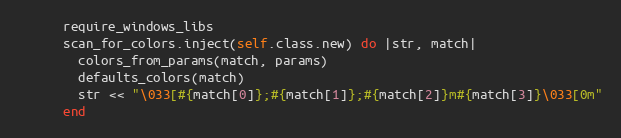
Language: Ruby
      require_windows_libs
      scan_for_colors.inject(self.class.new) do |str, match|
        colors_from_params(match, params)
        defaults_colors(match)
        str << "\033[#{match[0]};#{match[1]};#{match[2]}m#{match[3]}\033[0m"
      end